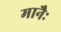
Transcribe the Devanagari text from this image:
मानैः